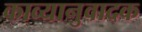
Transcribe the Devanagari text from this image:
काव्यानुवादक